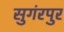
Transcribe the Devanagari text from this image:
सुगंरपुर